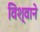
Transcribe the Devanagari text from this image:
विश्वाने